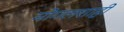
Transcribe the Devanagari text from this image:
मोगलशाही